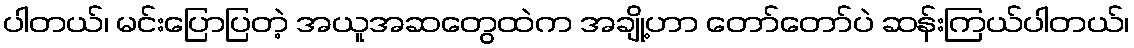
ပါတယ်၊ မင်းပြောပြတဲ့ အယူအဆတွေထဲက အချို့ဟာ တော်တော်ပဲ ဆန်းကြယ်ပါတယ်၊